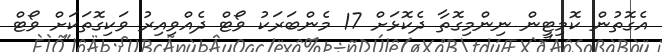
އެގޮތުން ކޮމިޓީން ނިންމިގޮތާ ދެކޮޅަށް 17 މެންބަރަކު ވޯޓް ދެއްވިއިރު ވަކިގޮތަކަށް ވޯޓް